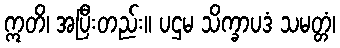
ဣတိ၊ အပြီးတည်း။ ပဌမ သိက္ခာပဒံ သမတ္တံ၊